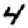
Digit: 4